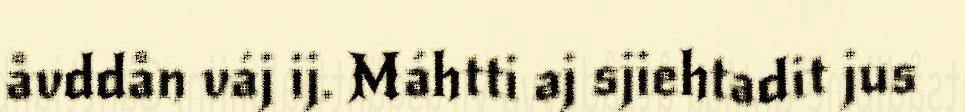
åvddån váj ij. Máhtti aj sjiehtadit jus